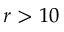
r > 1 0